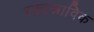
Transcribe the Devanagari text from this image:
रक्तस्राविक